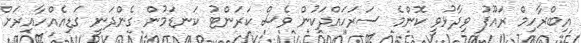
އިބްރާހިމް ރައޫފު ވިދާޅުވީ ކޮންމެ ސަރަހައްދަކުން ވެސް ކަރަންޓު ކަނޑަމުން ގެންދަނީ ގަޑިއެއްހާއިރަށް